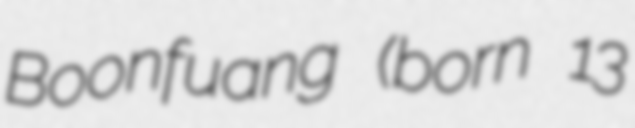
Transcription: Boonfuang (born 13